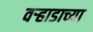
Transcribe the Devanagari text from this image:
वर्‍हाडाच्या